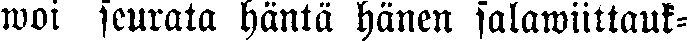
woi seurata häntä hänen salawiittauk-